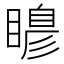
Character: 𭿙